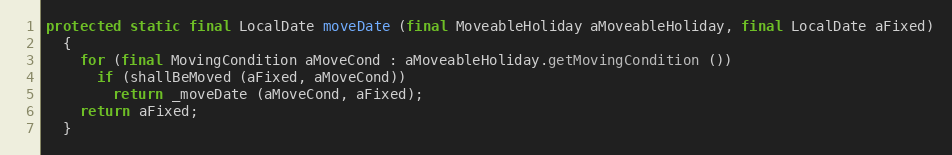
Language: Java
protected static final LocalDate moveDate (final MoveableHoliday aMoveableHoliday, final LocalDate aFixed)
  {
    for (final MovingCondition aMoveCond : aMoveableHoliday.getMovingCondition ())
      if (shallBeMoved (aFixed, aMoveCond))
        return _moveDate (aMoveCond, aFixed);
    return aFixed;
  }